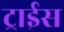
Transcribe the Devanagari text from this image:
ट्राईस